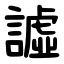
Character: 譃